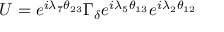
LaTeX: U = e ^ { i \lambda _ { 7 } \theta _ { 2 3 } } \Gamma _ { \delta } e ^ { i \lambda _ { 5 } \theta _ { 1 3 } } e ^ { i \lambda _ { 2 } \theta _ { 1 2 } }